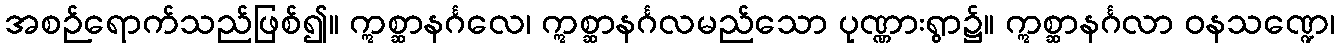
အစဉ်ရောက်သည်ဖြစ်၍။ ဣစ္ဆာနင်္ဂလေ၊ ဣစ္ဆာနင်္ဂလမည်သော ပုဏ္ဏားရွာ၌။ ဣစ္ဆာနင်္ဂလာ ဝနသဏ္ဍေ၊